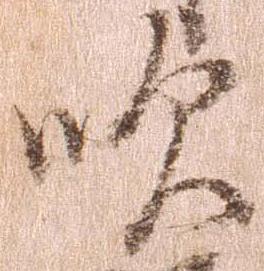
吹